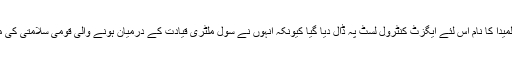
روزنامہ ڈان کے اسٹنٹ ایڈیٹر سرل المیدا کا نام اس لئے ایگزٹ کنٹرول لسٹ پہ ڈال دیا گیا کیونکہ انہوں نے سول ملٹری قیادت کے درمیان ہونے والی قومی سلامتی کی میٹنگ کے متعلق تجزیہ شائع کیا تھا۔